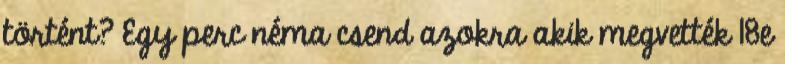
történt? Egy perc néma csend azokra akik megvették 18e